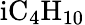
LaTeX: \mathrm{iC_{4}H_{10}}